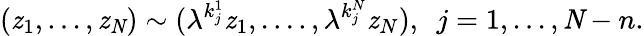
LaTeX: (\mathit{z}_{1},...,\mathit{z}_{\mathit{N}})\sim({\lambda}^{k_{j}^{1}}\mathit{z}_{1},....,{\lambda}^{k_{j}^{N}}\mathit{z}_{N}),\, \, \, j=1,...,{\mathit{N}}-n.